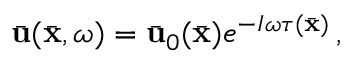
\bar { \bf u } ( \bar { \bf x } , \omega ) = \bar { \bf u } _ { 0 } ( \bar { \bf x } ) e ^ { - { \cal I } \omega \tau ( \bar { \bf x } ) } \, ,